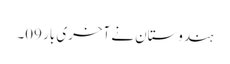
ہندوستان نے آخری بار 09۔